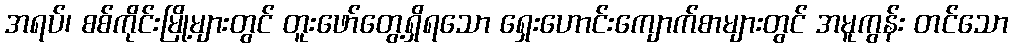
အရပ်၊ စစ်ကိုင်းမြို့များတွင် တူးဖော်တွေ့ရှိရသော ရှေးဟောင်းကျောက်စာများတွင် အမူကွန်း တင်သော